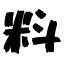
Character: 料